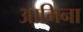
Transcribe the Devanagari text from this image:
आमिना